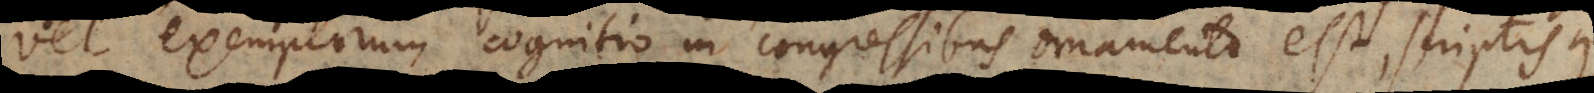
vel exemplorum cognitio, in congressibus ornamento est, scriptisque